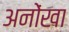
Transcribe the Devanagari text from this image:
अनोंखा